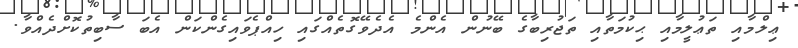
ޢިލްމާއި ތަޢުލީމާއި ޙިކުމަތާއި ތަޖުރިބާގެ ބޭނުން އެންމެ އެދެވޭގޮތެއްގައި ހިއްޕެވައިގެންކަން އެބަ ސާބިތުކޮށްދެއްވާ.